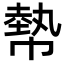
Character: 𢄢